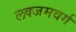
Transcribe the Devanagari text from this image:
लक्जमवर्ग